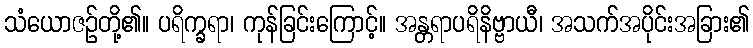
သံယောဇဉ်တို့၏။ ပရိက္ခရာ၊ ကုန်ခြင်းကြောင့်။ အန္တရာပရိနိဗ္ဗာယီ၊ အသက်အပိုင်းအခြား၏